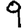
Digit: 9